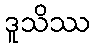
ဒူသိဿ